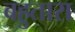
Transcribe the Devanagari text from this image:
बहुतारा